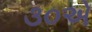
૩૦એ